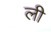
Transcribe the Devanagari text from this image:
ली